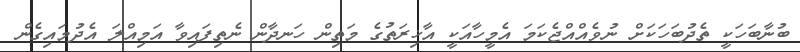
ބުނާބަހަކީ ތެދުބަހަކަށް ނުވެއްއްޖެކަމަ އެމީހާއަކީ އާޚިރަތުގެ މަތިން ހަނދާން ނެތިފައިވާ އަމިއްލަ އެދުމައިގެން